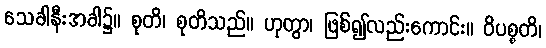
သေခါနီးအခါ၌။ စုတိ၊ စုတိသည်။ ဟုတွာ၊ ဖြစ်၍လည်းကောင်း။ ဝိပစ္စတိ၊